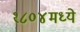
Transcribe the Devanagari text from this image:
१८०४मध्ये